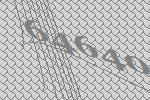
64640